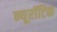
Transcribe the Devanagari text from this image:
न्यूरॉटिक